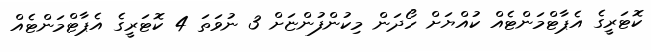
ކޮޓަރީގެ އެޕާޓްމަންޓެއް ކުއްޔަށް ހޯދަން މިކުންފުންޏަށް 3 ނުވަތަ 4 ކޮޓަރީގެ އެޕާޓްމަންޓެއް